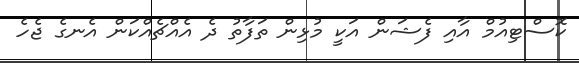
ކޮސްޓިއުމް އާއި ފެޝަން އަކީ މުޅިން ތަފާތު ދެ އެއްޗެއްކަން އެނގެ ޖެހެ